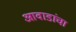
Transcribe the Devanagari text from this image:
आवाडांचा